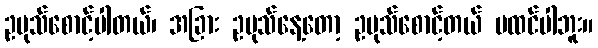
ဥပုသ်စောင့်ပါတယ်၊ အခြား ဥပုသ်နေ့တော့ ဥပုသ်စောင့်တယ် မထင်ပါဘူး။